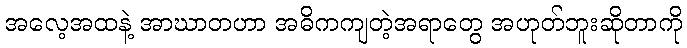
အလေ့အထနဲ့ အာဃာတဟာ အဓိကကျတဲ့အရာတွေ အဟုတ်ဘူးဆိုတာကို